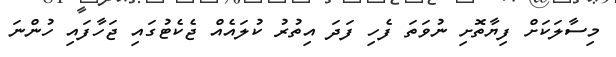
މިސާލަކަށް ފިޔާތޮށި ނުވަތަ ފެހި ފަދަ އިތުރު ކުލައެއް ޖެކެޓުގައި ޖަހާފައި ހުންނަ